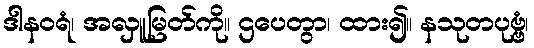
ဒါနဝရံ၊ အလှူမြတ်ကို။ ဌပေတွာ၊ ထား၍။ နသုတပုဗ္ဗံ၊